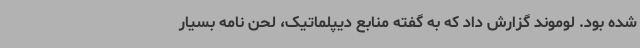
شده بود. لوموند گزارش داد که به گفته منابع دیپلماتیک، لحن نامه بسیار